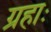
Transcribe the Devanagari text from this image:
ग्रहाः